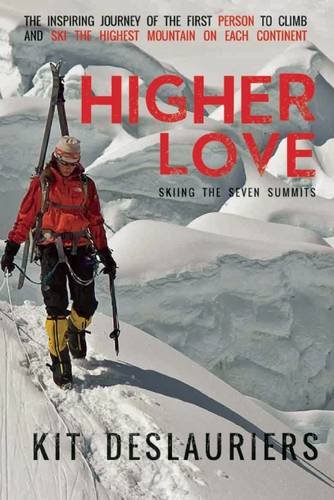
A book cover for Higher Love: Skiing the Seven Summits; Kit DesLauriers; Sports & Outdoors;